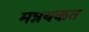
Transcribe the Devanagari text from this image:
मन्नथकत